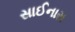
સાઈનારા